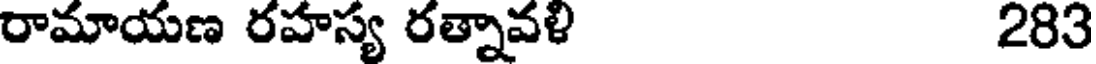
రామాయణ రహస్య రత్నావళి 283